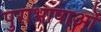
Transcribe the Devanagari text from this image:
पुराभाषाओं